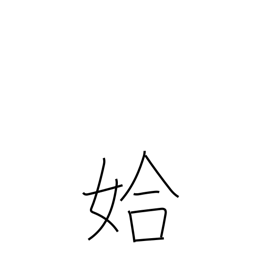
Meaning: good-looking